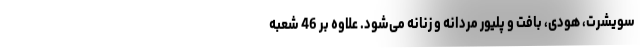
سویشرت، هودی، بافت و پلیور مردانه و زنانه می‌شود. علاوه بر 46 شعبه